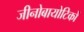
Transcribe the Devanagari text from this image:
जीनोबायोटिकों